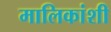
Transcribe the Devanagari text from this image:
मालिकांशी